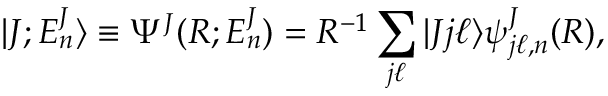
| J ; E _ { n } ^ { J } \rangle \equiv \Psi ^ { J } ( R ; E _ { n } ^ { J } ) = R ^ { - 1 } \sum _ { j \ell } | J j \ell \rangle \psi _ { j \ell , n } ^ { J } ( R ) ,